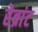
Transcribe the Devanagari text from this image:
रेब्रांट